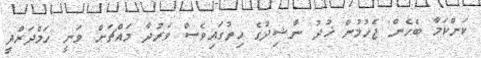
ކަންކަމާ ބެހެން ޖެހުމުން ޚުދު ނާޝިދުގެ ހިތުގައިވެސް ވަރުދާ މައްޗަށް ވަނީ ހަމްދަރްދީ